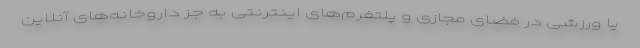
یا ورزشی در فضای مجازی و پلتفرم‌های اینترنتی به جز داروخانه‌های آنلاین